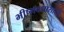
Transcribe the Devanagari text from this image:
भीष्मवधासाठी